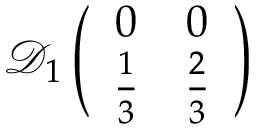
\mathcal { D } _ { 1 } \left( \begin{array} { c c } { { 0 } } & { { 0 } } \\ { { \frac { 1 } { 3 } } } & { { \frac { 2 } { 3 } } } \end{array} \right)